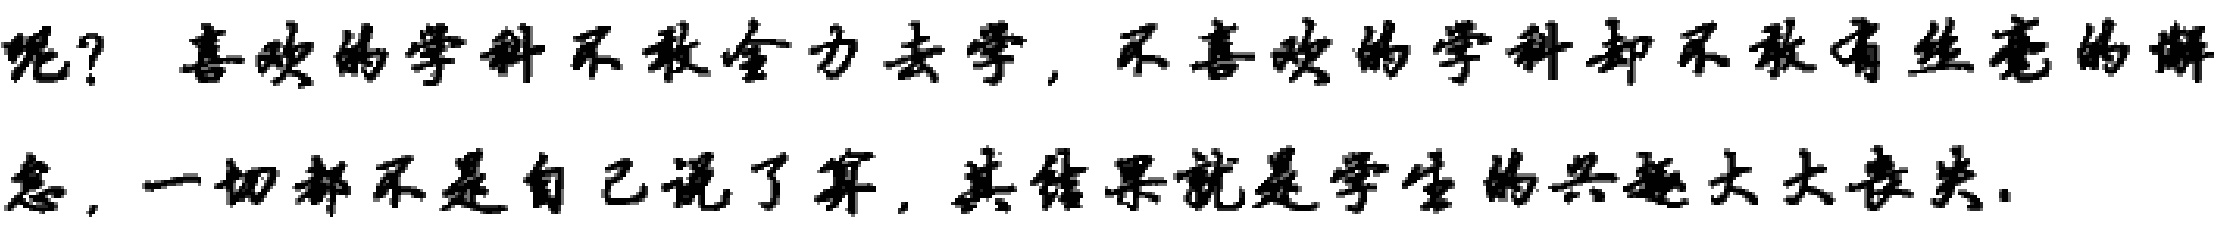
呢？喜欢的学科不敢全力去学，不喜欢的学科却不敢有丝毫的懈
怠，一切都不是自己说了算，其结果就是学生的兴趣大大丧失.